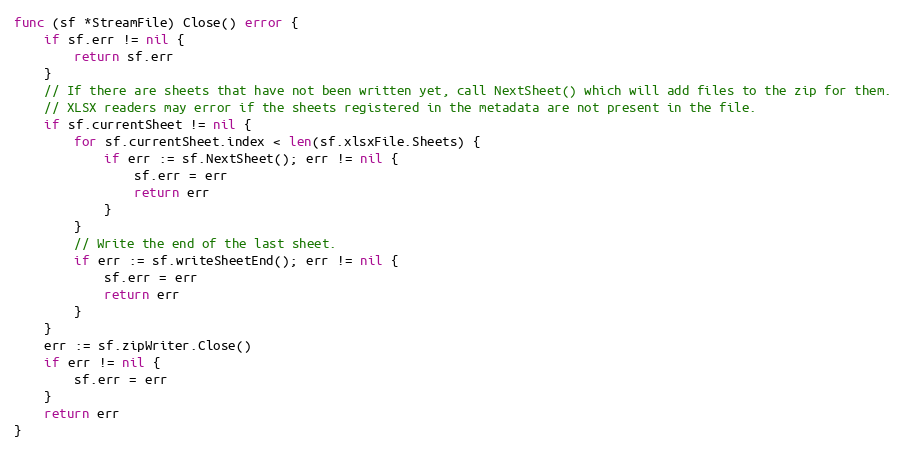
Language: Go
func (sf *StreamFile) Close() error {
	if sf.err != nil {
		return sf.err
	}
	// If there are sheets that have not been written yet, call NextSheet() which will add files to the zip for them.
	// XLSX readers may error if the sheets registered in the metadata are not present in the file.
	if sf.currentSheet != nil {
		for sf.currentSheet.index < len(sf.xlsxFile.Sheets) {
			if err := sf.NextSheet(); err != nil {
				sf.err = err
				return err
			}
		}
		// Write the end of the last sheet.
		if err := sf.writeSheetEnd(); err != nil {
			sf.err = err
			return err
		}
	}
	err := sf.zipWriter.Close()
	if err != nil {
		sf.err = err
	}
	return err
}